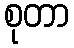
စုတာ